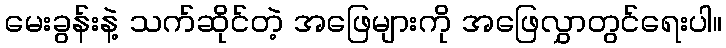
မေးခွန်းနဲ့ သက်ဆိုင်တဲ့ အဖြေများကို အဖြေလွှာတွင်ရေးပါ။